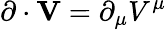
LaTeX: \mathbf{\partial}\cdot\mathbf{V}=\partial_{\mu}V^{\mu}